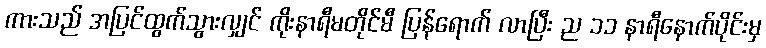
ကားသည် အပြင်ထွက်သွားလျှင် ကိုးနာရီမတိုင်မီ ပြန်ရောက် လာပြီး ည ၁၁ နာရီနောက်ပိုင်းမှ